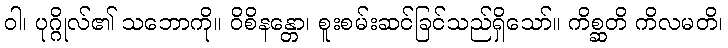
ဝါ၊ ပုဂ္ဂိုလ်၏ သဘောကို။ ဝိစိနန္တော၊ စူးစမ်းဆင်ခြင်သည်ရှိသော်။ ကိစ္ဆတိ ကိလမတိ၊